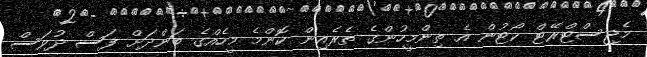
މެޖިސްޓްރޭޓް ކޯޓުން އެ ތިންމީހުންގެ ތެރެއިން ކޮންމެ މީހެއްގެ ބަންދަށް ފަސް ދުވަސް